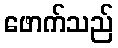
ဖောက်သည်